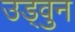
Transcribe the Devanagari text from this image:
उड्वुन